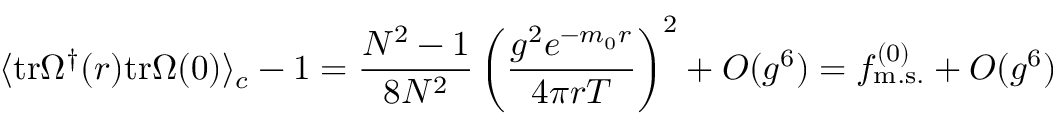
\langle \mathrm { t r } \Omega ^ { \dagger } ( r ) \mathrm { t r } \Omega ( 0 ) \rangle _ { c } - 1 = \frac { N ^ { 2 } - 1 } { 8 N ^ { 2 } } \left( \frac { g ^ { 2 } e ^ { - m _ { 0 } r } } { 4 \pi r T } \right) ^ { 2 } + O ( g ^ { 6 } ) = f _ { \mathrm { m . s . } } ^ { ( 0 ) } + O ( g ^ { 6 } )